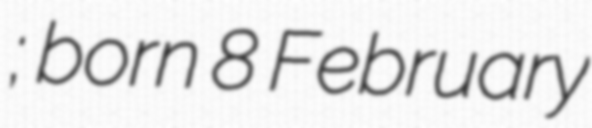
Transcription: Дуњић; born 8 February